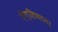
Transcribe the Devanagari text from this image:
एंग्लिकाना